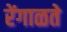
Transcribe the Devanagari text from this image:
रेंगाळते